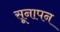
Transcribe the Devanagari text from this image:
सूनापन